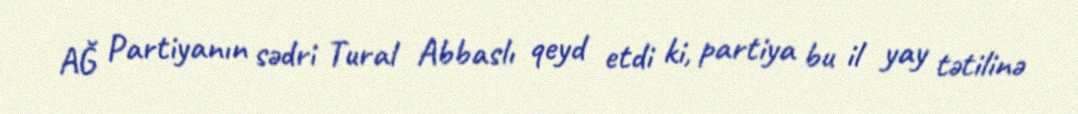
AĞ Partiyanın sədri Tural Abbaslı qeyd etdi ki, partiya bu il yay tətilinə